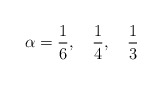
\begin{align*}\alpha=\frac{1}{6},\quad \frac{1}{4},\quad \frac{1}{3}\end{align*}